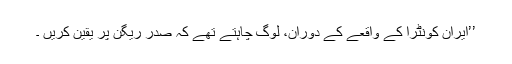
’’ایران کونٹرا کے واقعے کے دوران، لوگ چاہتے تھے کہ صدر ریگن پر یقین کریں ۔